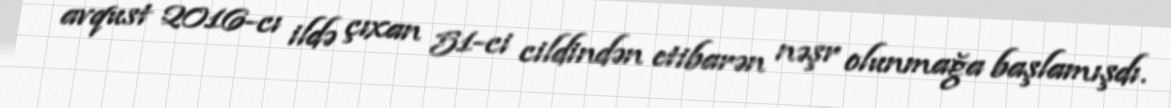
avqust 2016-cı ildə çıxan 51-ci cildindən etibarən nəşr olunmağa başlamışdı.